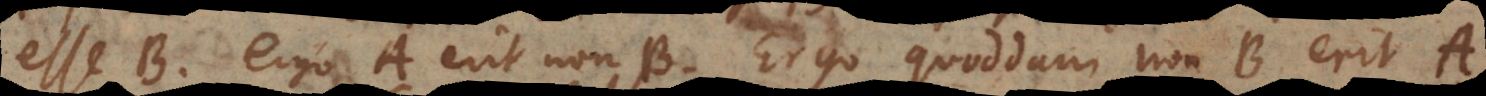
esse B, ergo A erit non‐B. Ergo quoddam non‐B erit A